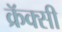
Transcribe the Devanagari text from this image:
क्रॅक्सी